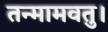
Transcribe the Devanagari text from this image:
तन्मामवतु।